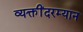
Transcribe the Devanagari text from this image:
व्यक्तींदरम्यान